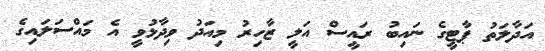
އަދާލަތު ޕާޓީގެ ނައިބު ރައީސް އަލީ ޒާހިރު މިއަދު ވިދާޅުވީ އެ މައްސަލައިގެ